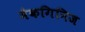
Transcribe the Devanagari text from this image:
मैकगिनिज